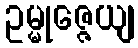
ဥမ္မုဇ္ဇေယျ